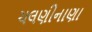
ચલણીનાણા